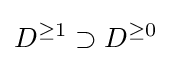
D^{\geq 1}\supset D^{\geq 0}